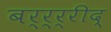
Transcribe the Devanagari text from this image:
बर्र्र्रीद्